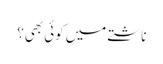
ناشتے میں کوئی بھی؟